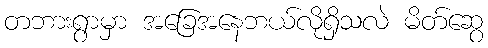
တဘားရွာမှာ အခြေအနေဘယ်လိုရှိသလဲ မိတ်ဆွေ